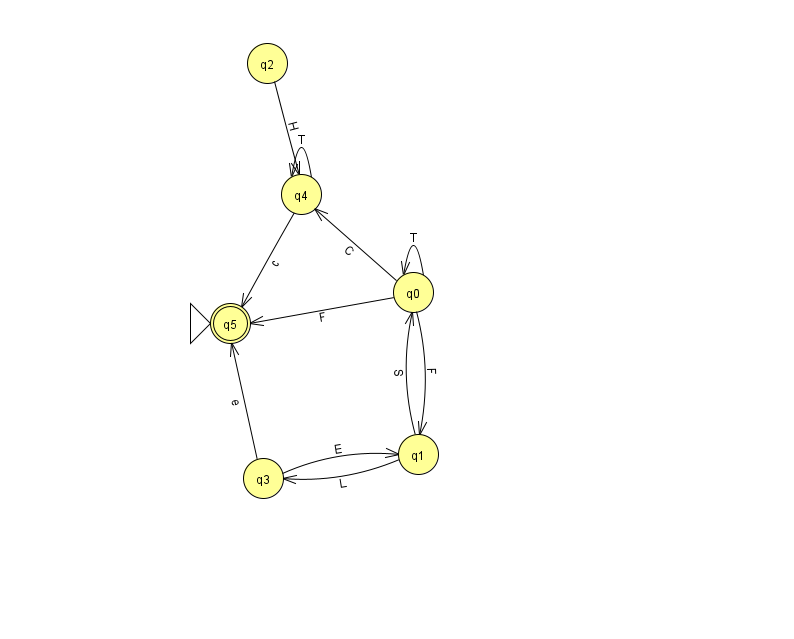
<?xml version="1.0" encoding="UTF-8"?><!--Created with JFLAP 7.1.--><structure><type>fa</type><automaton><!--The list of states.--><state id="0" name="q0"><x>413.0</x><y>279.0</y></state><state id="1" name="q1"><x>418.0</x><y>441.0</y></state><state id="2" name="q2"><x>267.0</x><y>50.0</y></state><state id="3" name="q3"><x>263.0</x><y>465.0</y></state><state id="4" name="q4"><x>301.0</x><y>181.0</y></state><state id="5" name="q5"><x>230.0</x><y>310.0</y><initial/><final/></state><!--The list of transitions.--><transition><from>4</from><to>5</to><read>c</read></transition><transition><from>0</from><to>5</to><read>F</read></transition><transition><from>1</from><to>0</to><read>S</read></transition><transition><from>0</from><to>0</to><read>T</read></transition><transition><from>1</from><to>3</to><read>L</read></transition><transition><from>4</from><to>4</to><read>T</read></transition><transition><from>0</from><to>1</to><read>F</read></transition><transition><from>0</from><to>4</to><read>C</read></transition><transition><from>3</from><to>5</to><read>e</read></transition><transition><from>2</from><to>4</to><read>H</read></transition><transition><from>3</from><to>1</to><read>E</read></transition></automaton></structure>